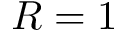
R = 1